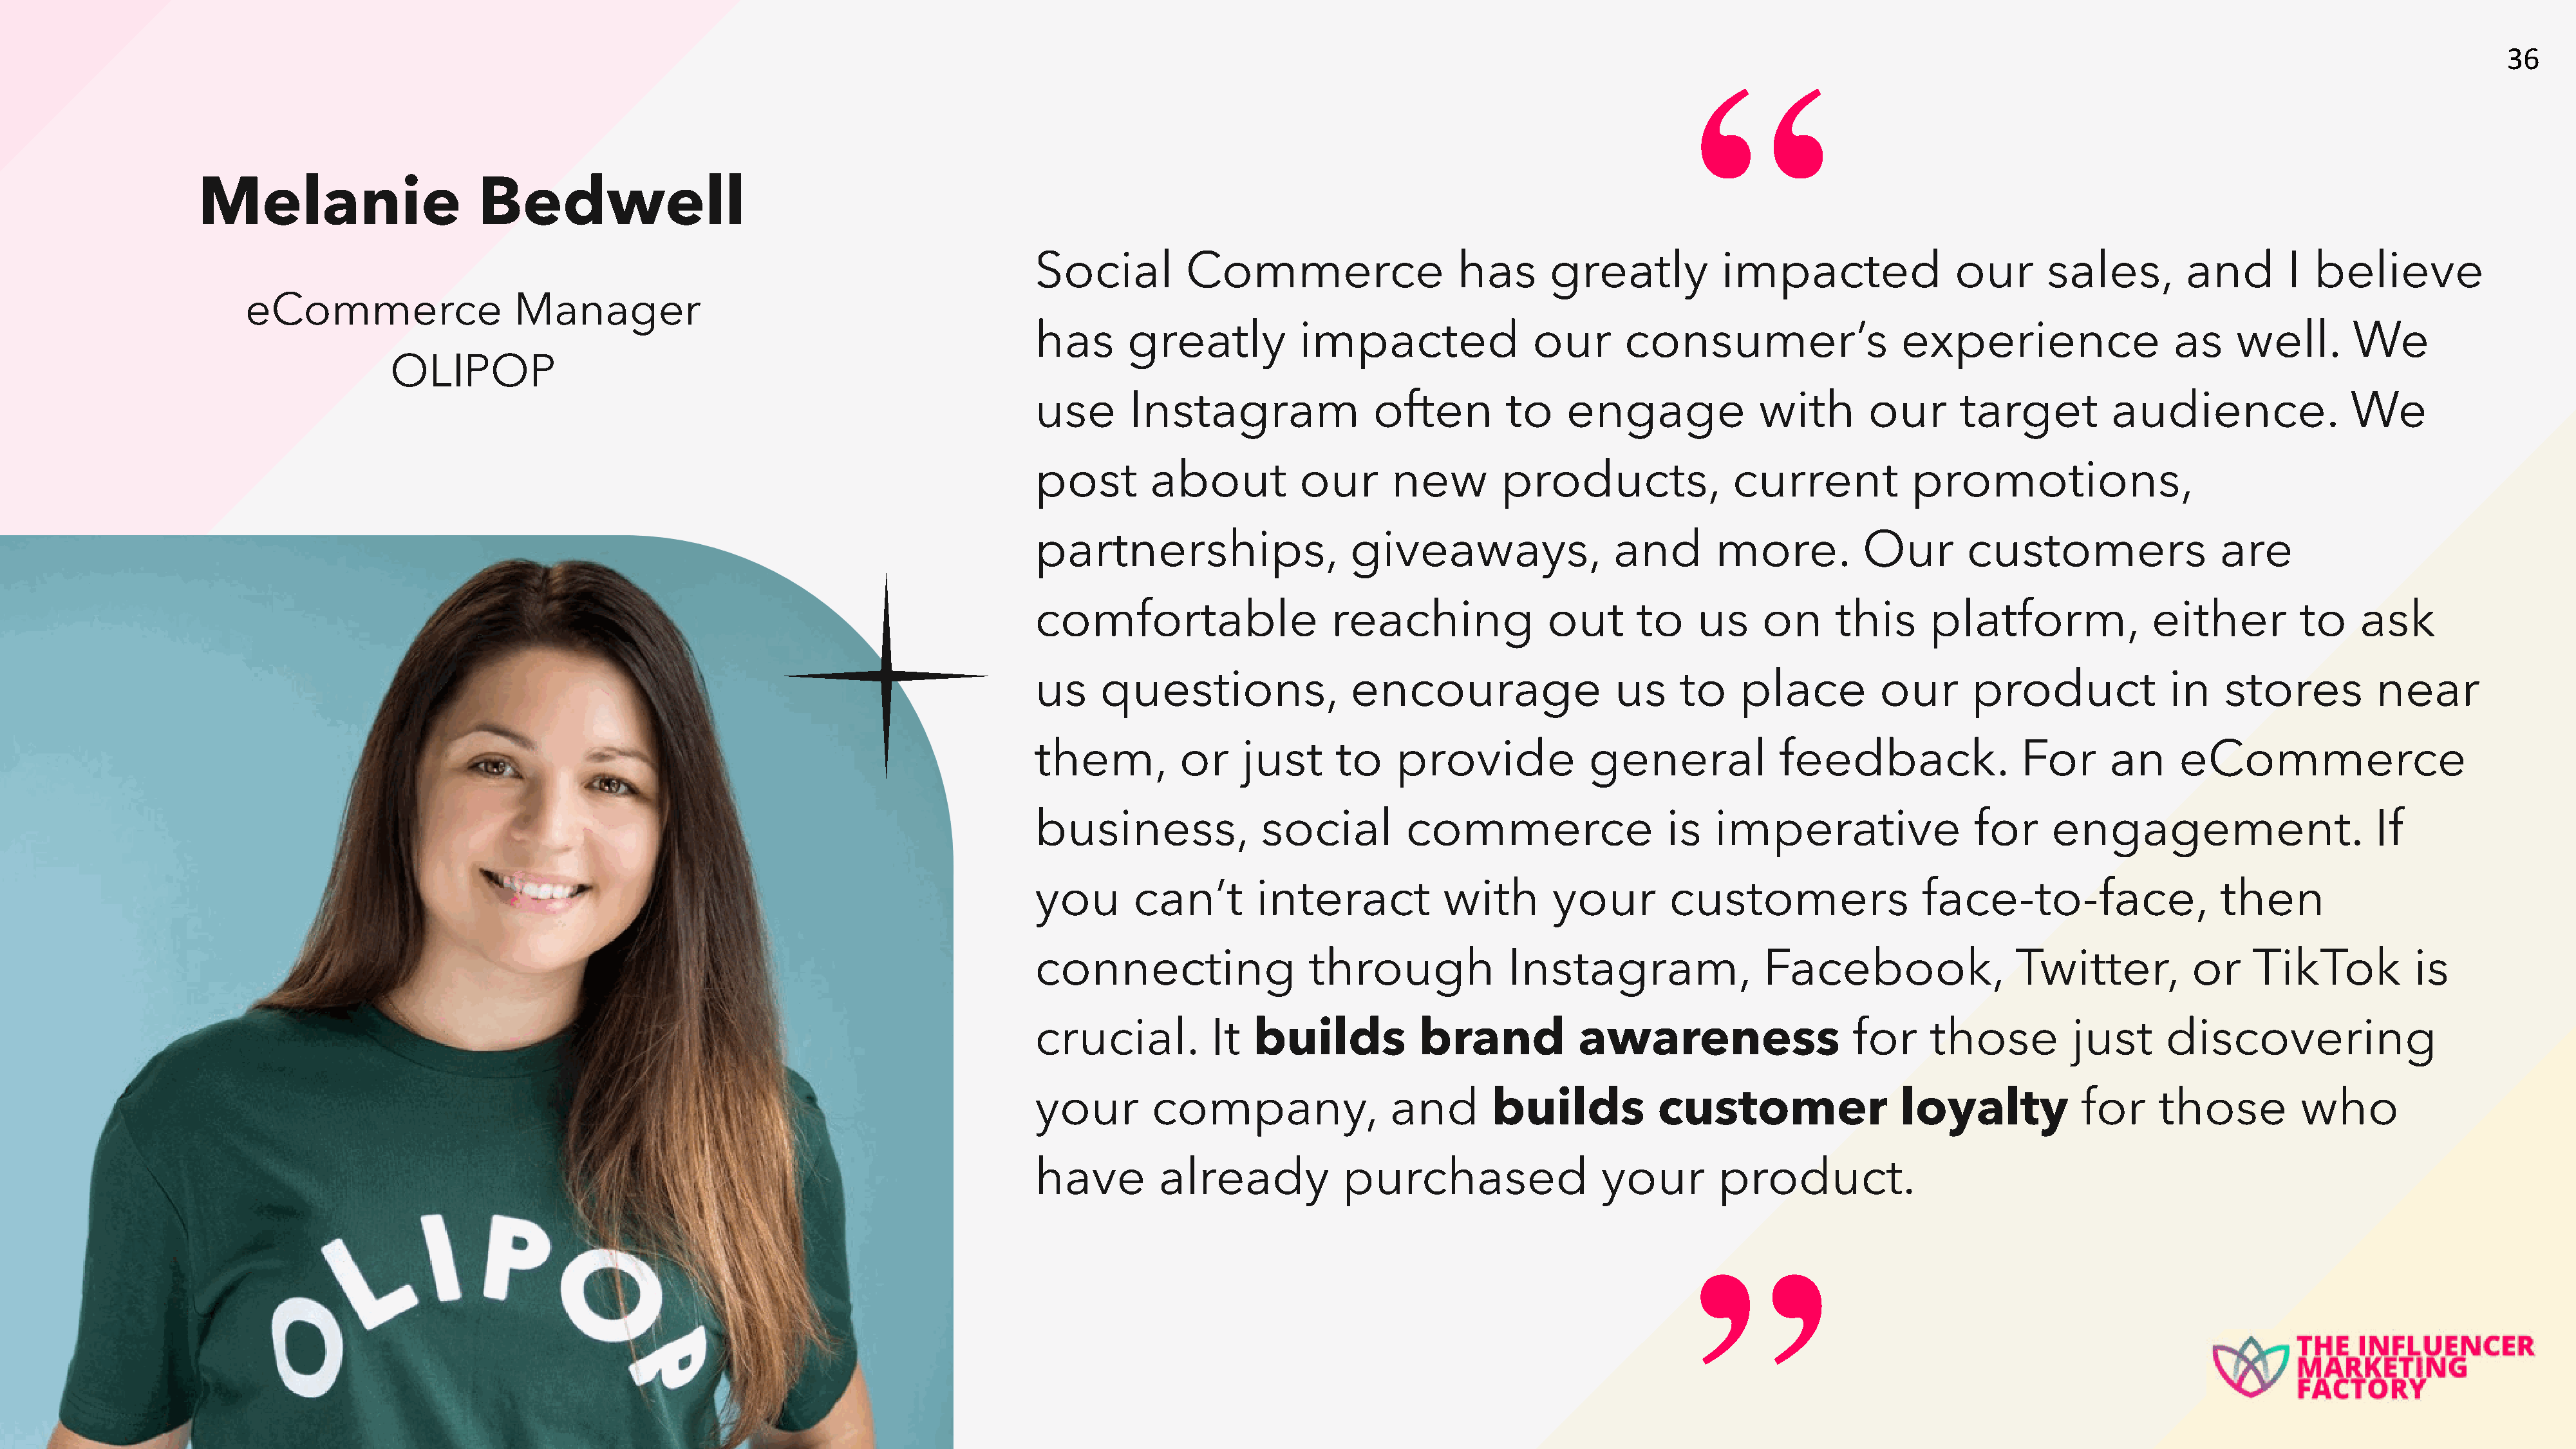
36
 “
 Melanie                      Bedwell
 Social          Commerce                    has      greatly           impacted                our      sales,         and       I  believe
 eCommerce                   Manager
 has       greatly           impacted                our      consumer’s                  experience                  as     well.       We
 OLIPOP
 use       Instagram                often         to    engage              with       our      target          audience.                We
 post        about           our      new        products,               current           promotions,
 partnerships,                    giveaways,                 and       more.          Our        customers                 are
 comfortable                    reaching              out      to    us     on      this     platform,              either         to     ask
 us     questions,                encourage                  us     to    place         our       product             in    stores         near
 them,          or     just     to    provide             general             feedback.                For      an     eCommerce
 business,               social         commerce                  is   imperative                 for     engagement.                      If
 you       can’t        interact           with        your        customers                 face-to-face,                 then
 connecting                   through             Instagram,                Facebook,                 Twitter,          or     TikTok          is
 crucial.          It   builds           brand           awareness                   for     those          just      discovering
 your        company,                 and       builds           customer                 loyalty            for     those         who
 have         already            purchased                  your        product.
 ”